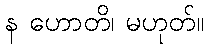
န ဟောတိ၊ မဟုတ်။